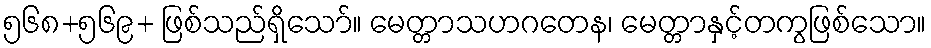
၅၆၈+၅၆၉+ ဖြစ်သည်ရှိသော်။ မေတ္တာသဟဂတေန၊ မေတ္တာနှင့်တကွဖြစ်သော။